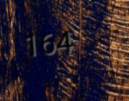
164